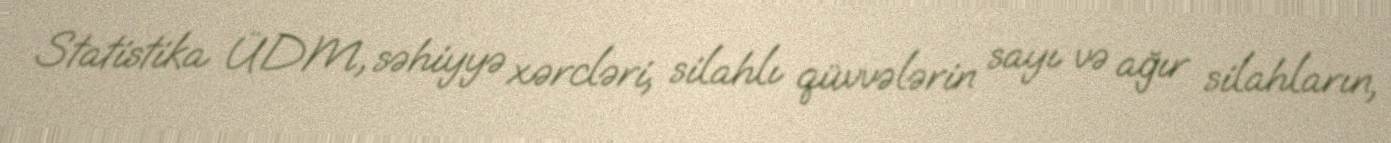
Statistika ÜDM, səhiyyə xərcləri, silahlı qüvvələrin sayı və ağır silahların,